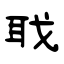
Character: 聀